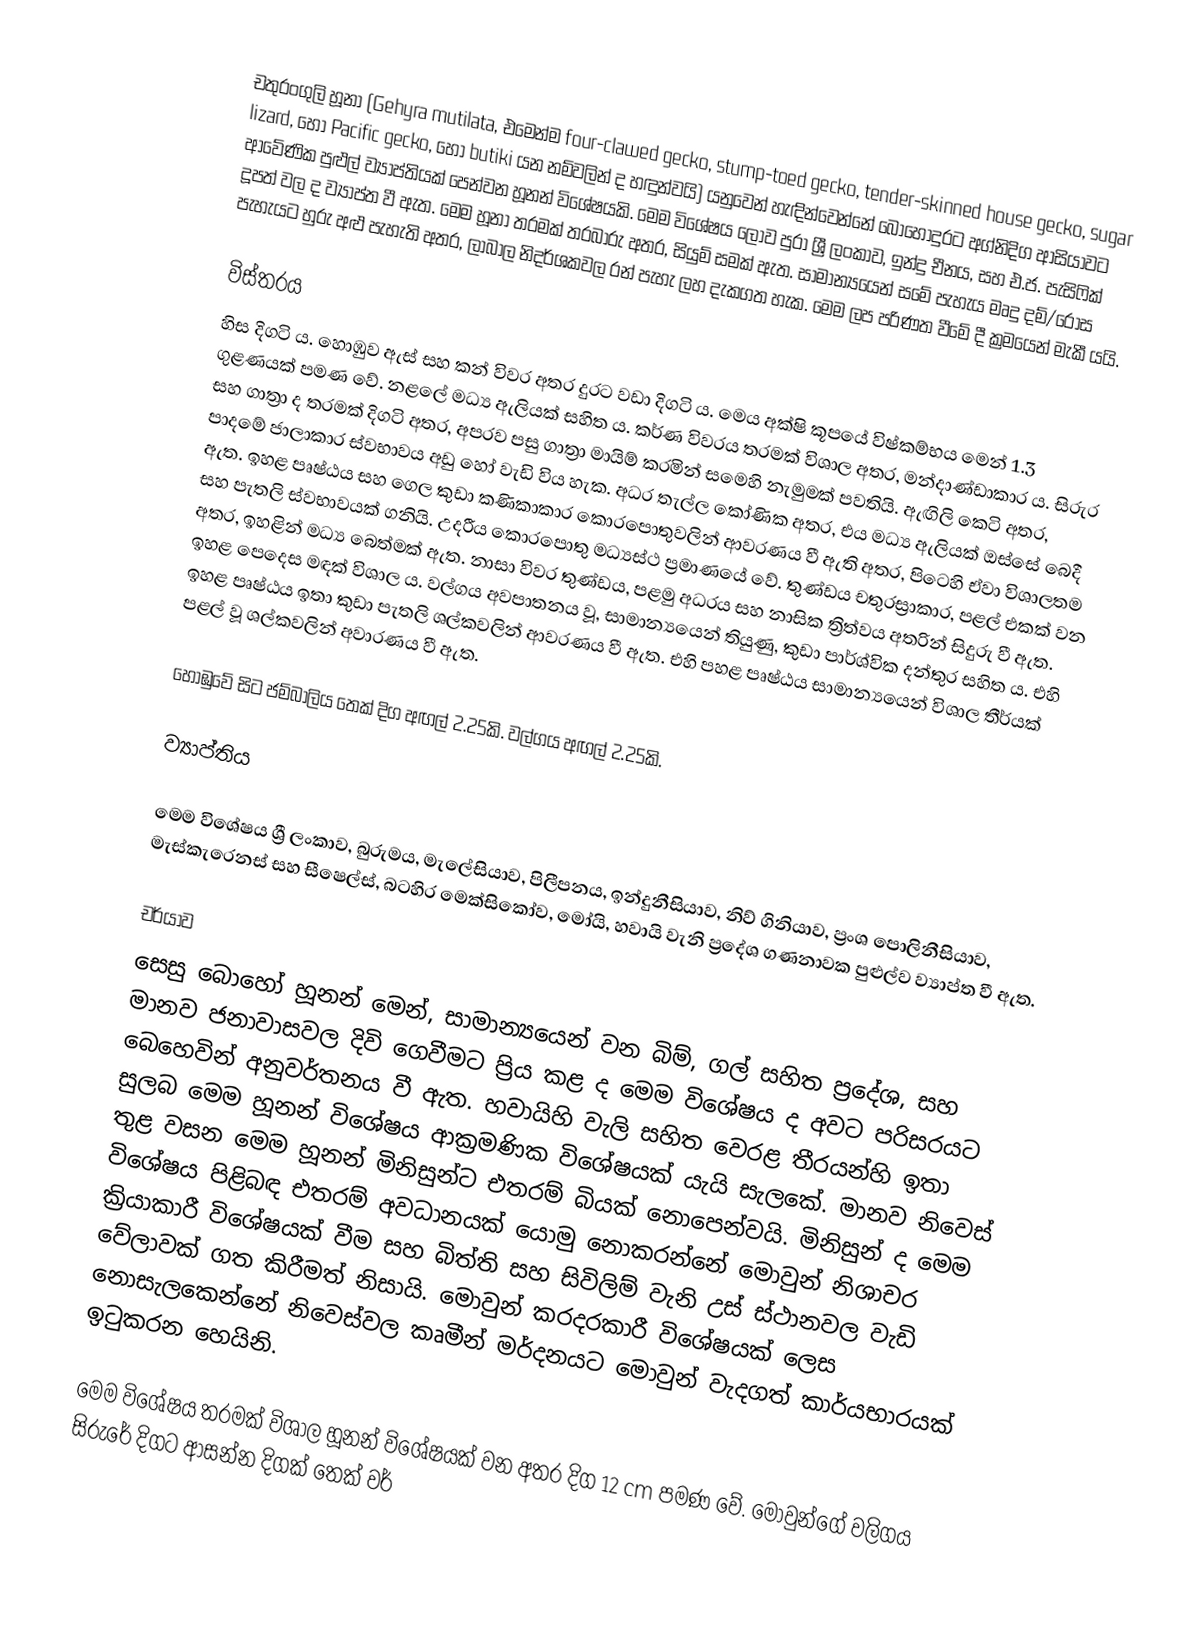
චතුරංගුලි හූනා (Gehyra mutilata, එමෙන්ම four-clawed gecko, stump-toed gecko, tender-skinned house gecko, sugar lizard, හෝ Pacific gecko, හෝ butiki යන නම්වලින් ද හඳුන්වයි) යනුවෙන් හැඳින්වෙන්නේ බොහෝදුරට අග්නිදිග ආසියාවට ආවේණික පුළුල් ව්‍යාප්තියක් පෙන්වන හූනන් විශේෂයකි. මෙම විශේෂය ලොව පුරා ශ්‍රී ලංකාව, ඉන්දු චීනය, සහ එ.ජ. පැසිෆික් දූපත් වල ද ව්‍යාප්ත වී ඇත. මෙම හූනා තරමක් තරබාරු අතර, සියුම් සමක් ඇත. සාමාන්‍යයෙන් සමේ පැහැය මෘදු දම්/රෝස පැහැයට හුරු අළු පැහැති අතර, ලාබාල නිදර්ශකවල රන් පැහැ ලහ දැකගත හැක. මෙම ලප පරිණත වීමේ දී ක්‍රමයෙන් මැකී යයි.

විස්තරය
හිස දිගටි ය. හොඹුව ඇස් සහ කන් විවර අතර දුරට වඩා දිගටි ය. මෙය අක්ෂි කූපයේ විෂ්කම්භය මෙන් 1.3 ගුළණයක් පමණ වේ. නළලේ මධ්‍ය ඇලියක් සහිත ය. කර්ණ විවරය තරමක් විශාල අතර, මන්දාණ්ඩාකාර ය. සිරුර සහ ගාත්‍රා ද තරමක් දිගටි අතර, අපරව පසු ගාත්‍රා මායිම් කරමින් සමෙහි නැමුමක් පවතියි. ඇඟිලි කෙටි අතර, පාදමේ ජාලාකාර ස්වභාවය අඩු හෝ වැඩි විය හැක. අධර තැල්ල කෝණික අතර, එය මධ්‍ය ඇලියක් ඔස්සේ බෙදී ඇත. ඉහළ පෘෂ්ඨය සහ ගෙල කුඩා කණිකාකාර කොරපොතුවලින් ආවරණය වී ඇති අතර, පිටෙහි ඒවා විශාලතම සහ පැතලි ස්වභාවයක් ගනියි. උදරීය කොරපොතු මධ්‍යස්ථ ප්‍රමාණයේ වේ. තුණ්ඩය චතුරස්‍රාකාර, පළල් එකක් වන අතර, ඉහළින් මධ්‍ය බෙත්මක් ඇත. නාසා විවර තුණ්ඩය, පළමු අධරය සහ නාසික ත්‍රිත්වය අතරින් සිදුරු වී ඇත. ඉහළ පෙදෙස මඳක් විශාල ය. වල්ගය අවපාතනය වූ, සාමාන්‍යයෙන් තියුණු, කුඩා පාර්ශ්වික දන්තුර සහිත ය. එහි ඉහළ පෘෂ්ඨය ඉතා කුඩා පැතලි ශල්කවලින් ආවරණය වී ඇත. එහි පහළ පෘෂ්ඨය සාමාන්‍යයෙන් විශාල තීර්යක් පළල් වූ ශල්කවලින් අවාරණය වී ඇත.

හොඹුවේ සිට ජම්බාලිය තෙක් දිග අඟල් 2.25කි. වල්ගය අඟල් 2.25කි.

ව්‍යාප්තිය

මෙම විශේෂය ශ්‍රී ලංකාව, බුරුමය, මැලේසියාව, පිලීපනය, ඉන්දුනීසියාව, නිව් ගිනියාව, ප්‍රංශ පොලිනීසියාව, මැස්කැරෙනස් සහ සීෂෙල්ස්, බටහිර මෙක්සිකෝව, මෝයි, හවායි වැනි ප්‍රදේශ ගණනාවක පුළුල්ව ව්‍යාප්ත වී ඇත.

චර්යාව
සෙසු බොහෝ හූනන් මෙන්, සාමාන්‍යයෙන් වන බිම්, ගල් සහිත ප්‍රදේශ, සහ මානව ජනාවාසවල දිවි ගෙවීමට ප්‍රිය කළ ද මෙම විශේෂය ද අවට පරිසරයට බෙහෙවින් අනුවර්තනය වී ඇත. හවායිහි වැලි සහිත වෙරළ තීරයන්හි ඉතා සුලබ මෙම හූනන් විශේෂය ආක්‍රමණික විශේෂයක් යැයි සැලකේ. මානව නිවෙස් තුළ වසන මෙම හූනන් මිනිසුන්ට එතරම් බියක් නොපෙන්වයි. මිනිසුන් ද මෙම විශේෂය පිළිබඳ එතරම් අවධානයක් යොමු නොකරන්නේ මොවුන් නිශාචර ක්‍රියාකාරී විශේෂයක් වීම සහ බිත්ති සහ සිවිලිම් වැනි උස් ස්ථානවල වැඩි වේලාවක් ගත කිරීමත් නිසායි. මොවුන් කරදරකාරී විශේෂයක් ලෙස නොසැලකෙන්නේ නිවෙස්වල කෘමීන් මර්දනයට මොවුන් වැදගත් කාර්යභාරයක් ඉටුකරන හෙයිනි.

මෙම විශේෂය තරමක් විශාල හූනන් විශේෂයක් වන අතර දිග 12 cm පමණ වේ. මොවුන්ගේ වලිගය සිරුරේ දිගට ආසන්න දිගක් තෙක් වර්